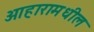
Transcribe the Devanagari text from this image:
आहारामधील